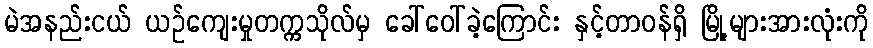
မဲအနည်းငယ် ယဉ်ကျေးမှုတက္ကသိုလ်မှ ခေါ်ဝေါ်ခဲ့ကြောင်း နှင့်တာဝန်ရှိ မြို့များအားလုံးကို